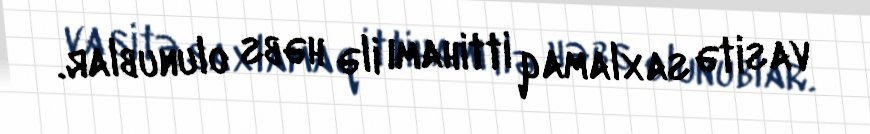
vasitə saxlamaq ittihamı ilə həbs olunublar.